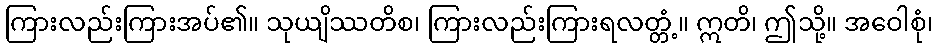
ကြားလည်းကြားအပ်၏။ သုယျိဿတိစ၊ ကြားလည်းကြားရလတ္တံ့။ ဣတိ၊ ဤသို့။ အဝေါစုံ၊